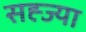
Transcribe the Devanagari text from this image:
सह्ज्या